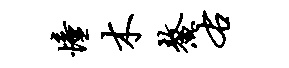
憧木鳌右